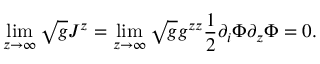
\operatorname * { l i m } _ { z \to \infty } \sqrt { g } J ^ { z } = \operatorname * { l i m } _ { z \to \infty } \sqrt { g } g ^ { z z } \frac { 1 } { 2 } \partial _ { i } \Phi \partial _ { z } \Phi = 0 .